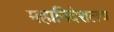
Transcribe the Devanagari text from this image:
महानिदेशलय